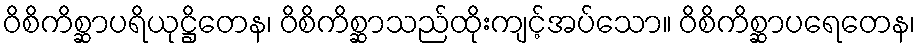
ဝိစိကိစ္ဆာပရိယုဋ္ဌိတေန၊ ဝိစိကိစ္ဆာသည်ထိုးကျင့်အပ်သော။ ဝိစိကိစ္ဆာပရေတေန၊